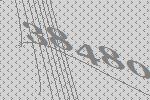
38480